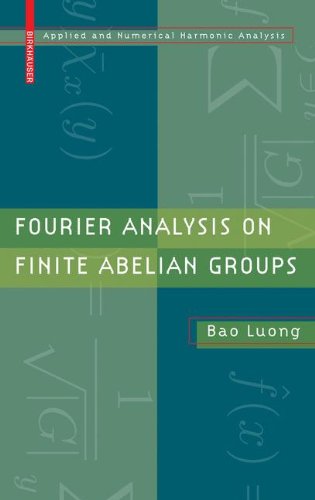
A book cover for Fourier Analysis on Finite Abelian Groups (Applied and Numerical Harmonic Analysis); Bao Luong; Science & Math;